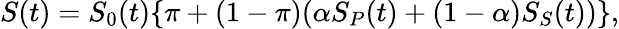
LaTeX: S(t)=S_{0}(t)\{ \pi+(1-\pi)(\alpha S_{P}(t)+(1-\alpha)S_{S}(t))\} ,